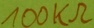
Text: 100kΩ